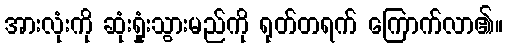
အားလုံးကို ဆုံးရှုံးသွားမည်ကို ရုတ်တရက် ကြောက်လာ၏။